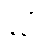
နဝါ